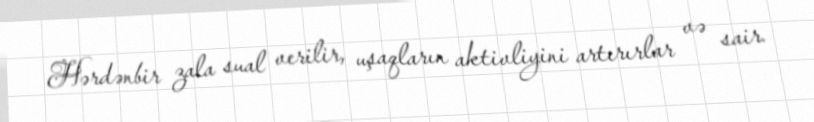
Hərdənbir zala sual verilir, uşaqların aktivliyini artırırlar və sair.